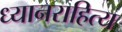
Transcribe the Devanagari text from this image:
ध्यानराहित्य